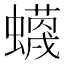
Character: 𧓡